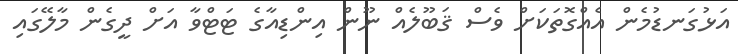
އަޅުގަނޑުމެން އެއްގޮތަކަށް ވެސް ޤަބޫލެއް ނޫން އިންޑިއާގެ ޓަޓްވާ އަށް ދީގެން މާލޭގައި